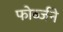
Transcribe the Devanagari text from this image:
फोर्ब्जने